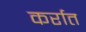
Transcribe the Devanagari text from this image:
कर्रात